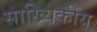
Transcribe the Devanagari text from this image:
साख्यिकीय